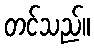
တင်သည်။